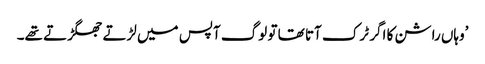
’وہاں راشن کا اگر ٹرک آتا تھا تو لوگ آپس میں لڑتے جھگڑتے تھے۔